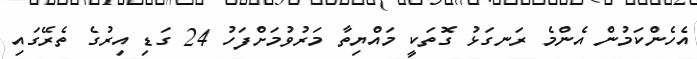
އެހެންކަމުން އެންމެ ރަނގަޅު ގޮތަކީ މައްޔިތާ މަރުވުމަށްފަހު 24 ގަޑި އިރުގެ ތެރޭގައި